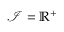
\mathcal { I } = \mathbb { R } ^ { + }